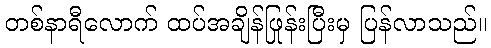
တစ်နာရီလောက် ထပ်အချိန်ဖြုန်းပြီးမှ ပြန်လာသည်။